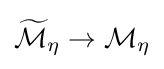
{\widetilde {\mathcal {M}}}_{\eta }\rightarrow {\mathcal {M}}_{\eta }